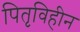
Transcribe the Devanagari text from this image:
पितृविहीन